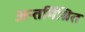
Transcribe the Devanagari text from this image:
अन्तर्मिश्रित